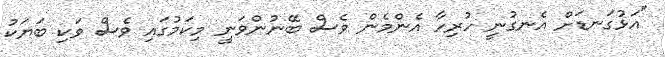
"އަޅުގަނޑަށް އެނގުނީ ހުރިހާ އެންމެން ވެސް ބޭނުންވަނީ މިކަމުގައި ވެސް ވަކި ބަޔަކު